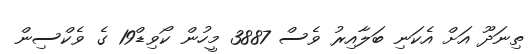
ތިނަދޫ އަށް އެކަނި ބަލާއިރު ވެސް 3887 މީހުން ކޯވިޑް19 ގެ ވެކްސިން